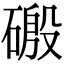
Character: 磤